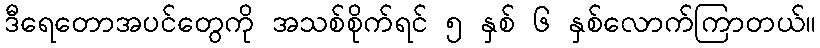
ဒီရေတောအပင်တွေကို အသစ်စိုက်ရင် ၅ နှစ် ၆ နှစ်လောက်ကြာတယ်။